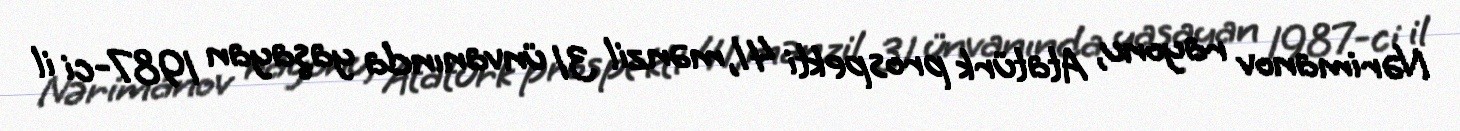
Nərimanov rayonu, Atatürk prospekti 41, mənzil 31 ünvanında yaşayan 1987-ci il